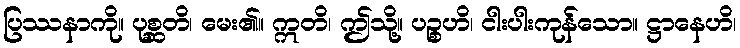
ပြဿနာကို။ ပုစ္ဆတိ၊ မေး၏။ ဣတိ၊ ဤသို့။ ပဉ္စဟိ၊ ငါးပါးကုန်သော။ ဋ္ဌာနေဟိ၊